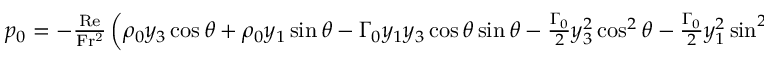
\begin{array} { r } { p _ { 0 } = - \frac { \mathrm { R e } } { \mathrm { F r ^ { 2 } } } \left( \rho _ { 0 } y _ { 3 } \cos \theta + \rho _ { 0 } y _ { 1 } \sin \theta - \Gamma _ { 0 } y _ { 1 } y _ { 3 } \cos \theta \sin \theta - \frac { \Gamma _ { 0 } } { 2 } y _ { 3 } ^ { 2 } \cos ^ { 2 } \theta - \frac { \Gamma _ { 0 } } { 2 } y _ { 1 } ^ { 2 } \sin ^ { 2 } \theta \right) . } \end{array}